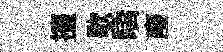
擡歇驕廢